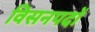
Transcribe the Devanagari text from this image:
विसनपदों